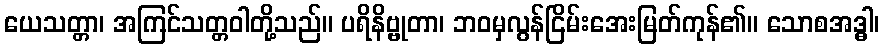
ယေသတ္တာ၊ အကြင်သတ္တဝါတို့သည်။ ပရိနိဗ္ဗုတာ၊ ဘဝမှလွန်ငြိမ်းအေးမြတ်ကုန်၏။ သောစအဒ္ဓါ၊